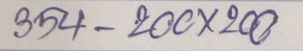
354 - 200 x 200